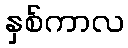
နှစ်ကာလ